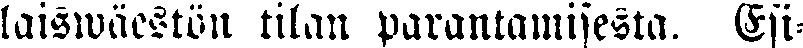
laiswäestön tilan parantamisesta. Esi-